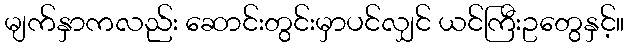
မျက်နှာကလည်း ဆောင်းတွင်းမှာပင်လျှင် ယင်ကြီးဥတွေနှင့်။